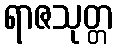
ရာဇသုတ္တ